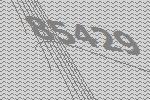
85429